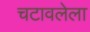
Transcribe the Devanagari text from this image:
चटावलेला